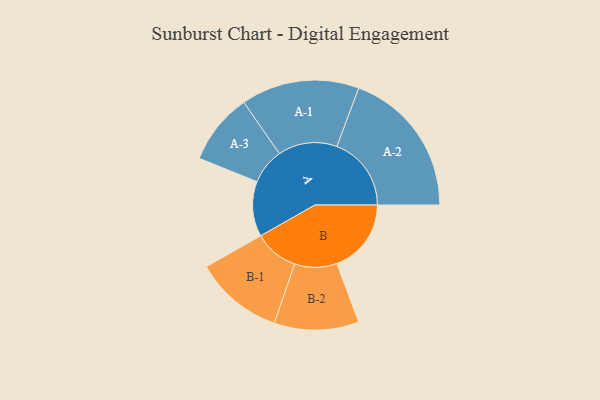
{"axis": {"x": "Segment", "y": "Value"}, "legend": ["", "A", "B"], "data": [{"x": "A", "y": 209, "type": ""}, {"x": "B", "y": 282, "type": ""}, {"x": "A-1", "y": 224, "type": "A"}, {"x": "A-2", "y": 282, "type": "A"}, {"x": "A-3", "y": 135, "type": "A"}, {"x": "B-1", "y": 168, "type": "B"}, {"x": "B-2", "y": 160, "type": "B"}]}